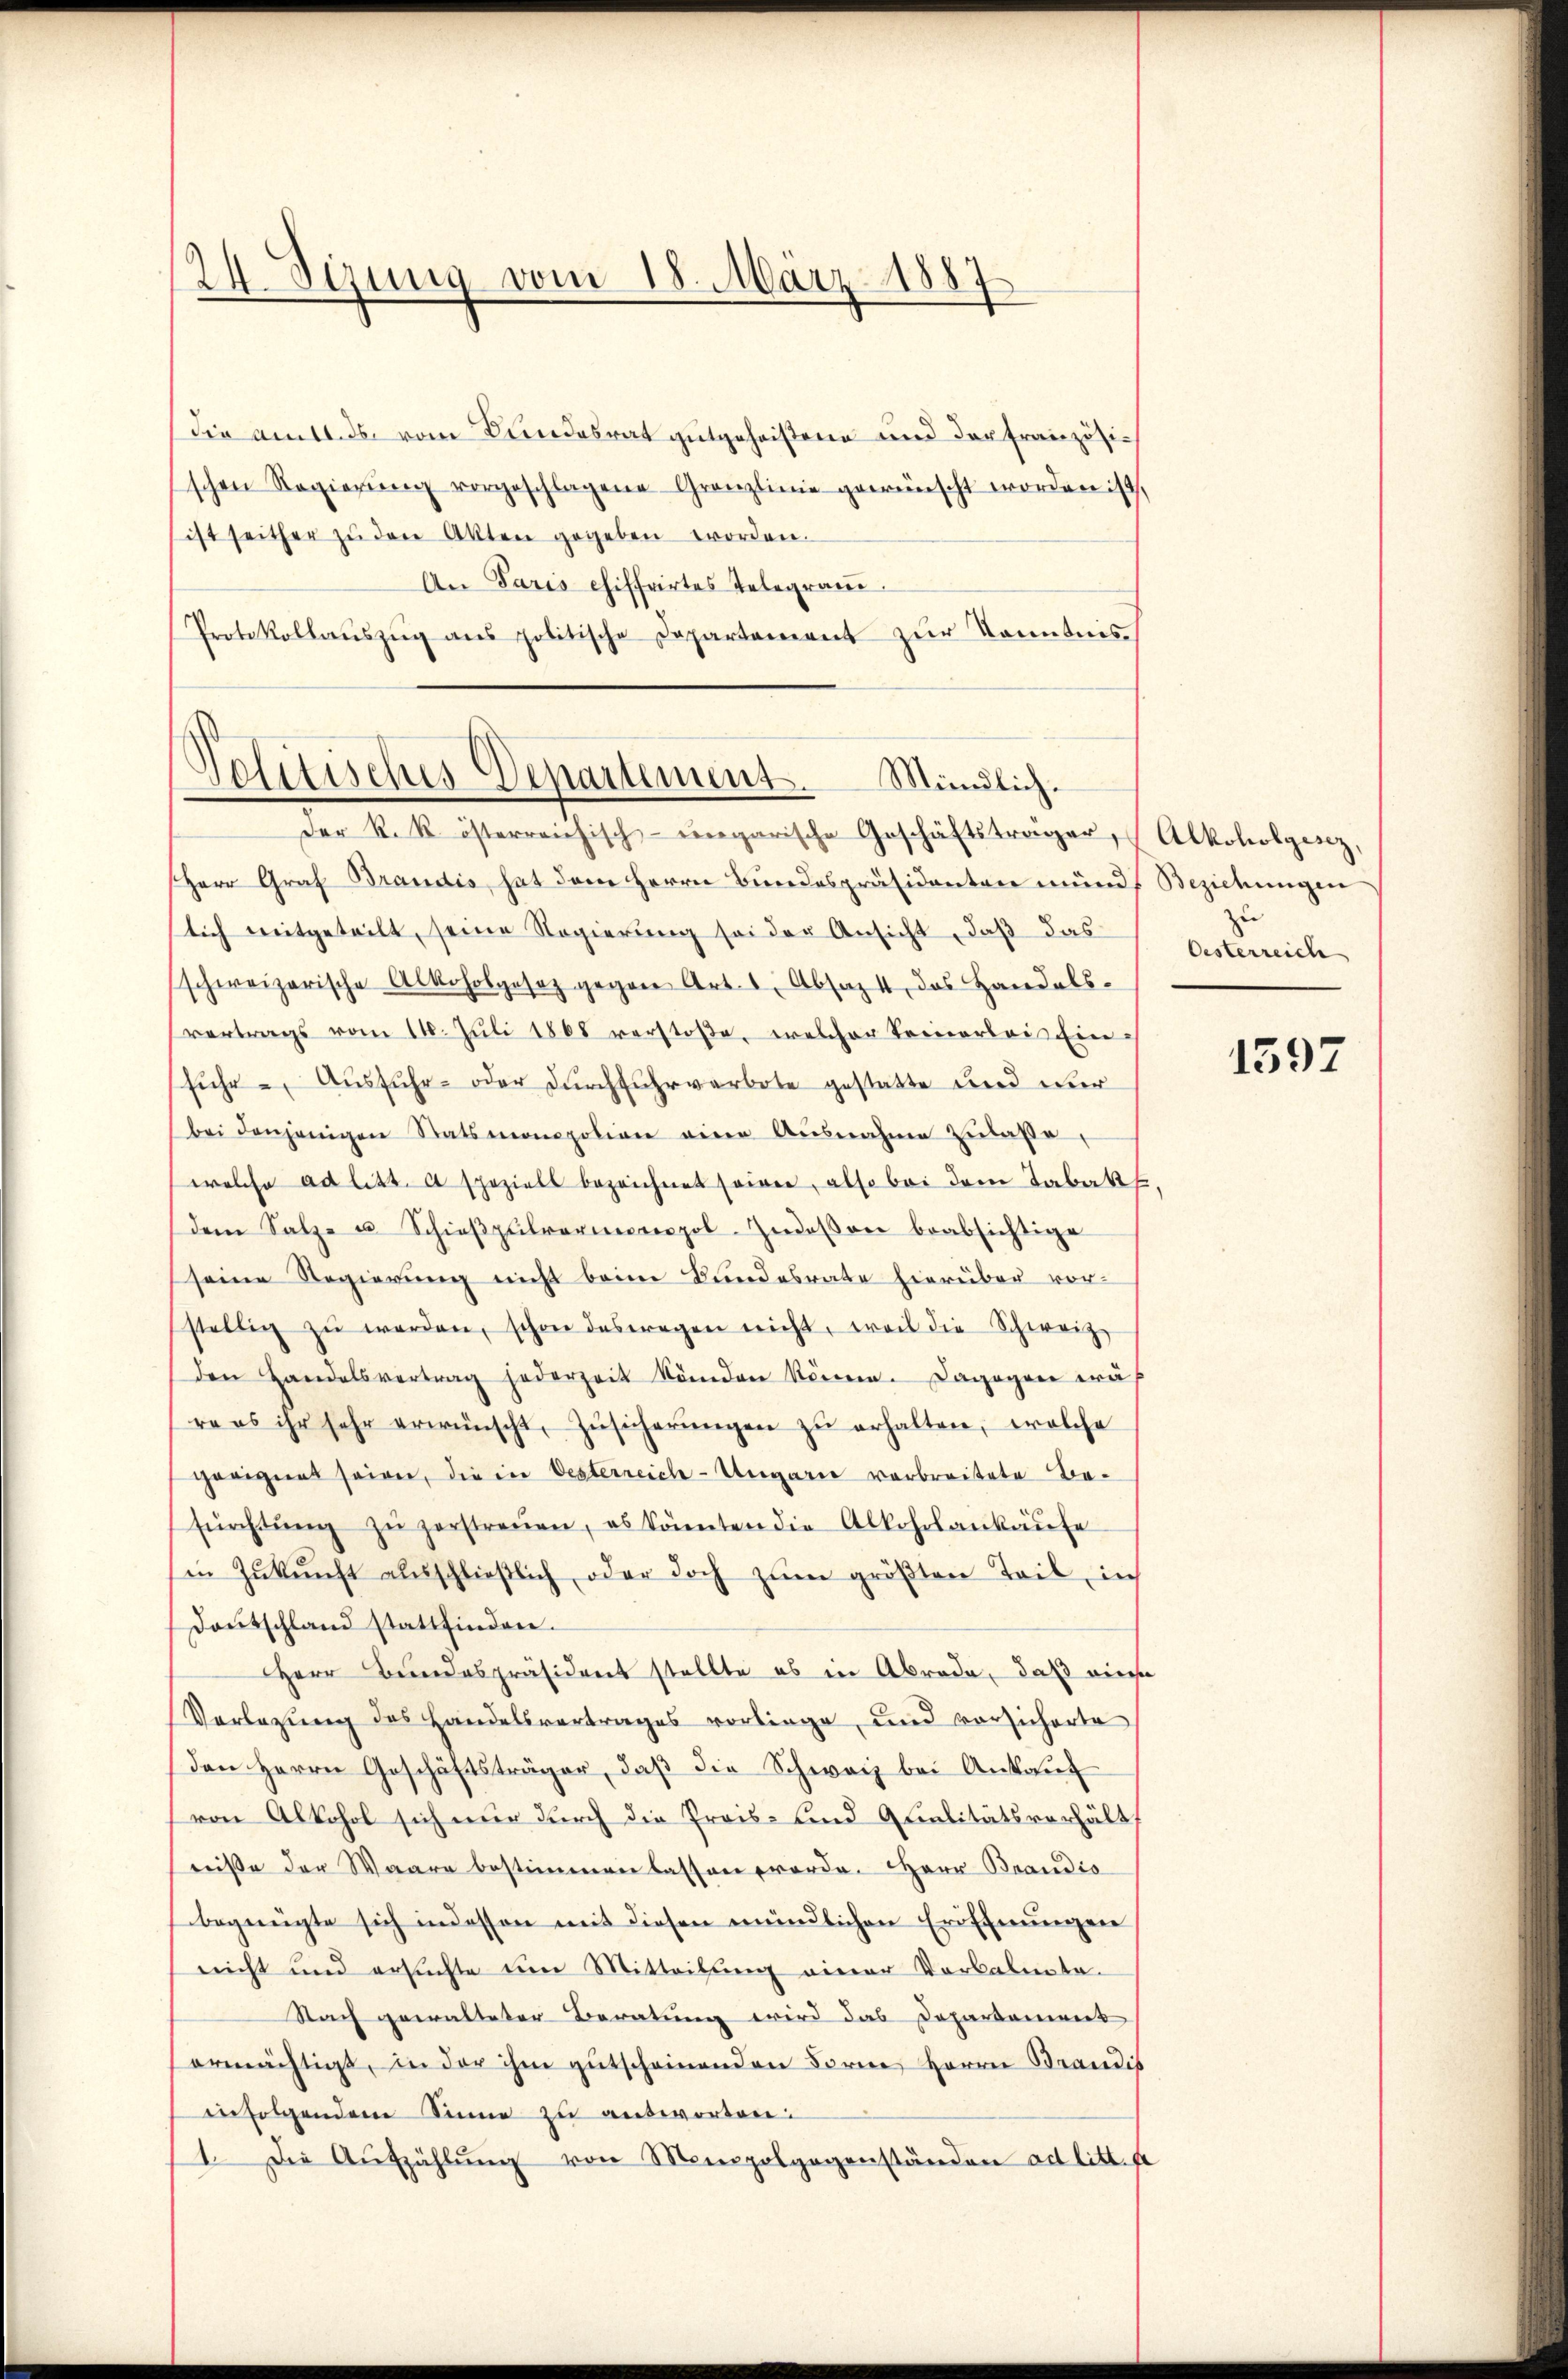
24. Sizung vom 18. März 1887

Die amtles vom Bundesrat gutgeheißene und der französischen Regierŭng vorgeschlagene Granzlinie gewünscht worden ist,
ist seither zŭ den Akten gegeben worden.
An Paris chiffrirtes Telegraue.
Protokollaŭszŭg ans politische Departement zur Kenntnis

Politisches Departement. Mündlich.
Der R. R. österreichisch-ungarische Geschäftsträger, Alkoholgesez,

Herr Graf Brandis, hat dem Herrn Bundespräsidenten mündt Beziehungen
slich mitgeteilt, seine Regierung sei der Ansicht, daß das
schweizerische Alkoholgesez gegen Art. 1, Absaz 4, das Handels-
vertrags vom 11. Jŭli 1868 verstoße, welcher keinerlei Ein
fŭhr - Ausfuhr- oder durchfuhrverbote gestatte und nur
bei denjenigen Statsmonopolion eine Ausnahme zŭlasse
welche ad litt. a speziels bezeichnet seien, also bei dem Tabaks,
dem Salz- u Schieβpŭlrorienpol. Indessen beabsichtige
seine Regierung nicht beim Bundesrate hierüber vor-
stellig zŭ werden, schon deswegen nicht, weil die Schweize
den Handelsvertrag jederzeit kömden können. Dagegen wä
re es ihr sehr erwünscht, Zŭsicherŭngen zŭ erhalten, welche
geeignet seien, die in Oesterreich-Ungarie verbreitete Befürchtŭng zŭ zerstreuen, es könnten die Alkoholankaŭfe
in Zŭkŭnft ausschlieβlich oder doch zŭm größten Teil, in
Deutschland stattfinden.
Herr Bundespräsident stellte es in Abrede, daß diese
Vorlegung des Handelsvertrages vorliege, und vorsicherte
Den Herrn Geschäftsträger, daß die Schwarz bei Ankauf
von Alkohol sich nur durch die Preis- und Qualitätsverhält
reiße der Waare bestimmen lassen worde. Herr Brandis
begnügte sich in dessen mit diesen mündlichen Eröffnungen
nicht und ersuchte um Mitteilung einer Verbalenta¬
Nach gewalteter Beratung wird das Dopartement
ermächtigt, in der ihm gutscheinenden Forne Herrn Brandis
infolgendem Sinne zu antworten:
1. Die Aufzählŭng von Monopolgegenständen ad litt. fe

zu
Oesterreich

1597